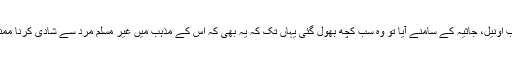
لیکن جب اونیل، جاثیہ کے سامنے آٰیا تو وہ سب کچھ بھول گئی یہاں تک کہ یہ بھی کہ اس کے مذہب میں غیر مسلم مرد سے شادی کرنا ممنوع ہے۔